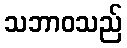
သဘာဝသည်